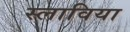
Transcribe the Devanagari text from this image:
स्लाविया